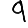
Digit: 9